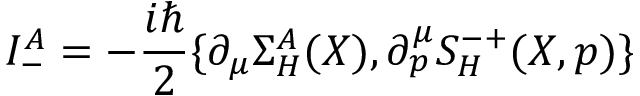
I _ { - } ^ { A } = - \frac { i \hbar } 2 \{ \partial _ { \mu } \Sigma _ { H } ^ { A } ( X ) , \partial _ { p } ^ { \mu } S _ { H } ^ { - + } ( X , p ) \}